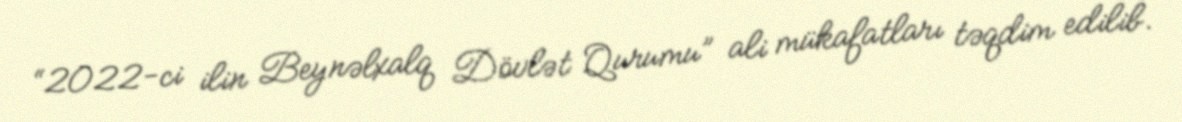
“2022-ci ilin Beynəlxalq Dövlət Qurumu” ali mükafatları təqdim edilib.